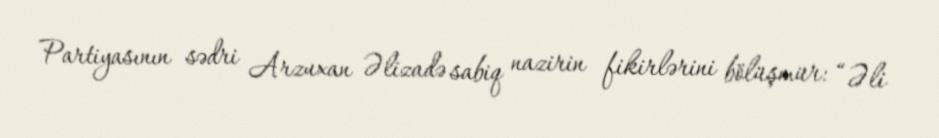
Partiyasının sədri Arzuxan Əlizadə sabiq nazirin fikirlərini bölüşmür: “Əli